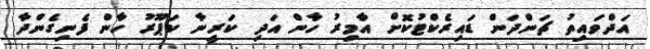
އަދްވައިތު ޗަންދަން ޑައިރެކްޓުކޮށް އާމިރު ހާން އަދި ކަރީނާ ކަޕޫރު ހާން ފެނިގެންދާ